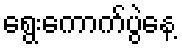
ရွေးကောက်ပွဲနေ့